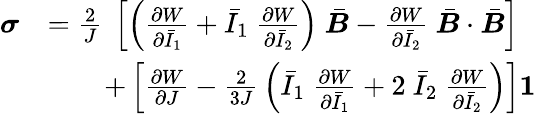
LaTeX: {\begin{array}{rl}{{\boldsymbol{\sigma}}}&{={\frac{2}{J}}~\left[\left({\frac{\partial W}{\partial{\bar{I}}_{1}}}+{\bar{I}}_{1}~{\frac{\partial W}{\partial{\bar{I}}_{2}}}\right)~{\bar{\boldsymbol{B}}}-{\frac{\partial W}{\partial{\bar{I}}_{2}}}~{\bar{\boldsymbol{B}}}\cdot{\bar{\boldsymbol{B}}}\right]}\\ &{\qquad+\left[{\frac{\partial W}{\partial J}}-{\frac{2}{3J}}\left({\bar{I}}_{1}~{\frac{\partial W}{\partial{\bar{I}}_{1}}}+2~{\bar{I}}_{2}~{\frac{\partial W}{\partial{\bar{I}}_{2}}}\right)\right]{\boldsymbol{\mathit{1}}}}\end{array}}